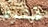
فترة